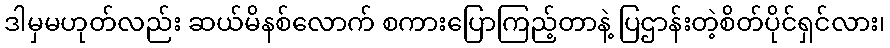
ဒါမှမဟုတ်လည်း ဆယ်မိနစ်လောက် စကားပြောကြည့်တာနဲ့ ပြဌာန်းတဲ့စိတ်ပိုင်ရှင်လား၊